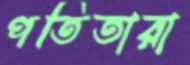
পতিতারা